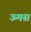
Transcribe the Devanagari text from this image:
ऊमस